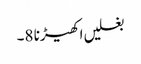
بغلیں اکھیڑنا 8۔